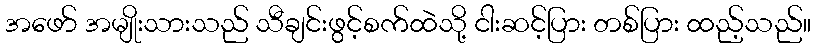
အဖော် အမျိုးသားသည် သီချင်းဖွင့်စက်ထဲသို့ ငါးဆင့်ပြား တစ်ပြား ထည့်သည်။